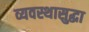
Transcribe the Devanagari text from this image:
व्यवस्थासुद्धा